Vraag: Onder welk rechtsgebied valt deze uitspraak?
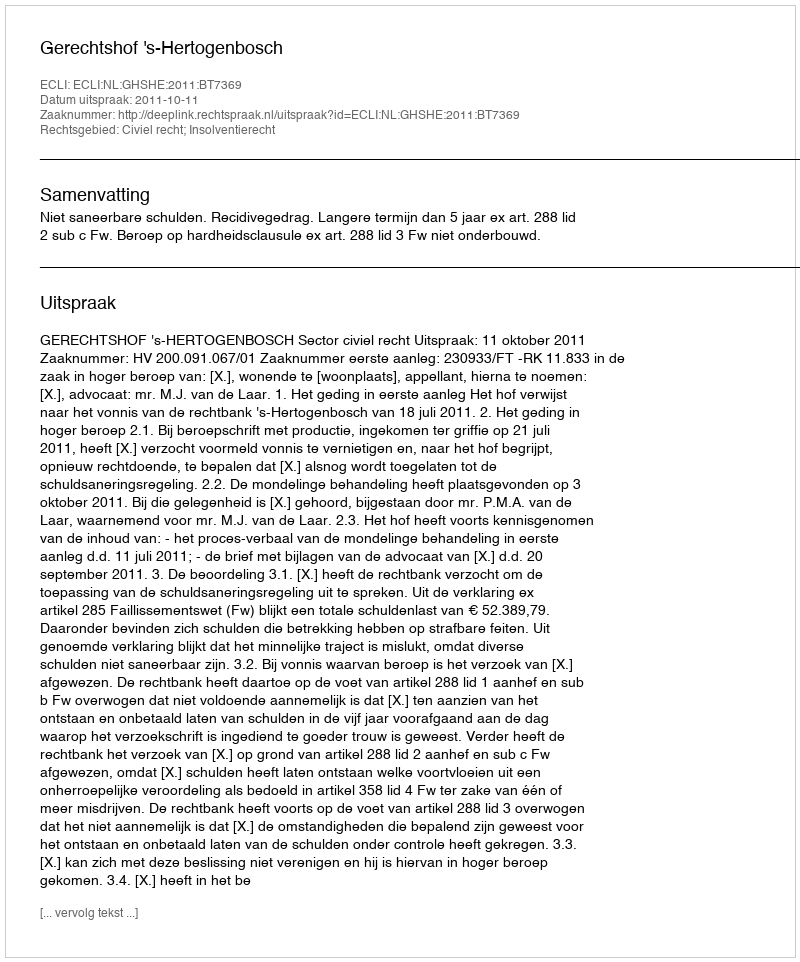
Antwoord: Civiel recht; Insolventierecht